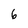
Character: 6